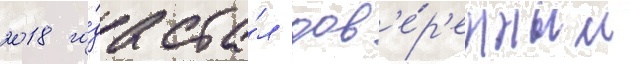
2018 го́да ста́л дов'е́р'енным